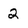
Character: 2